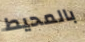
بالمحيط